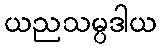
ယညသမ္ပဒါယ